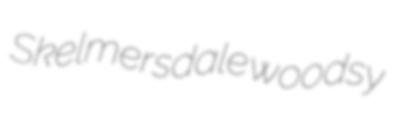
Skelmersdale woodsy